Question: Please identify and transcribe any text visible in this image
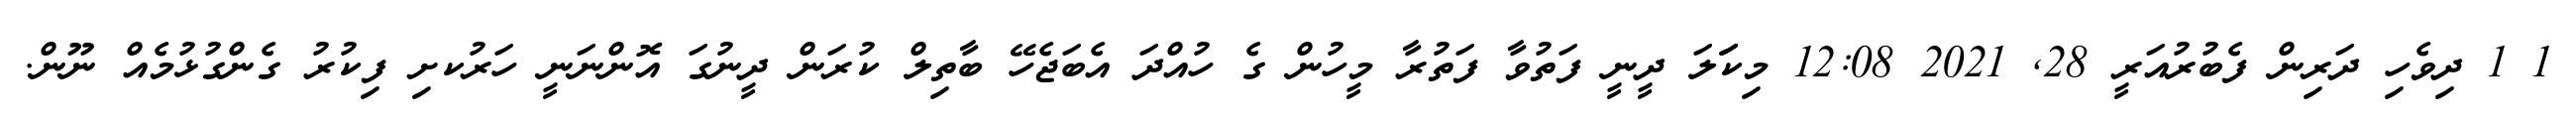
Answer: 1 1 ދިވެހި ދަރިން ފެބުރުއަރީ 28, 2021 12:08 މިކަަަލަ ދީނީ ފަތުވާ ފަތުރާ މީހުން ގެ ހުއްދަ އެބަޖެހޭ ބާތިލް ކުރަން ދީނުގަ އޮންނަނީ ހަރުކށި ފިކުރު ގެންގުޅުމެއް ނޫން.